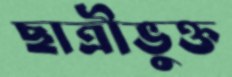
ছাত্রীভুক্ত